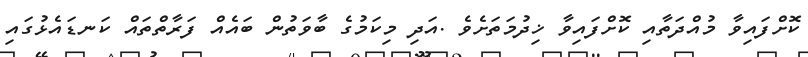
ކޮށްފައިވާ މުއްދަތާއި ކޮށްފައިވާ ޚިދުމަތަށެވެ .އަދި މިކަމުގެ ބާވަތުން ބައެއް ފަރާތްތައް ކަނޑައެޅުގައި